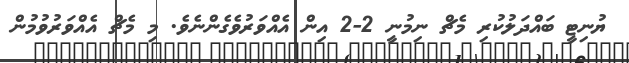
ޔުނިޓީ ބައްދަލުކުރި މެޗް ނިމުނީ 2-2 އިން އެއްވަރުވެގެންނެވެ. މި މެޗް އެއްވަރުވުމުން